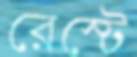
রেস্টে